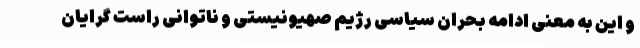
و این به معنی ادامه بحران سیاسی رژیم صهیونیستی و ناتوانی راست گرایان